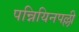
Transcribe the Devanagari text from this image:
पन्नियिनपल्ली